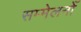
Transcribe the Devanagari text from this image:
सम्मेलनोँ